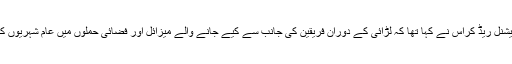
اس سے پہلے جمعہ کو انٹرنیشنل ریڈ کراس نے کہا تھا کہ لڑائی کے دوران فریقین کی جانب سے کیے جانے والے میزائل اور فضائی حملوں میں عام شہریوں کی کثیر تعداد ہلاک ہوئی ہے۔